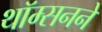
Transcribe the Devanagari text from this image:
थॉम्सनने